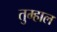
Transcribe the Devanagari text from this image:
तुम्हाल